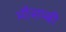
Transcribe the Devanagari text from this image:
मौसम्बी